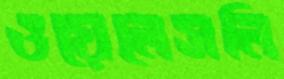
ওয়েলেসলি